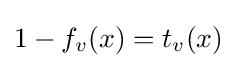
1-f_{v}(x)=t_{v}(x)